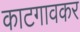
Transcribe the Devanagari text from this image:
काटगावकर